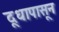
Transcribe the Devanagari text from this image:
दूधापासून